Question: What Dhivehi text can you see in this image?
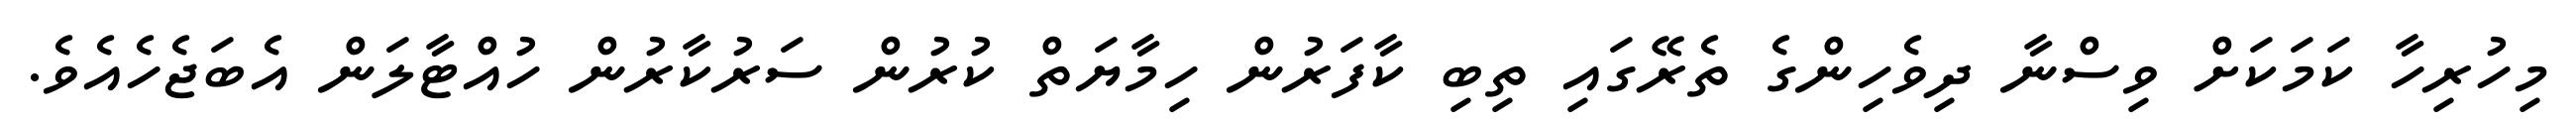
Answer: މިހުރިހާ ކަމަކަށް ވިސްނާ ދިވެހިންގެ ތެރޭގައި ތިބި ކާފަރުން ހިމާޔަތް ކުރުން ސަރުކާރުން ހުއްޓާލަން އެބަޖެހެއެވެ.